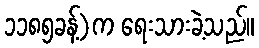
၁၁၈၅ခန့်)က ရေးသားခဲ့သည်။